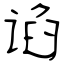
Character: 谄